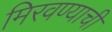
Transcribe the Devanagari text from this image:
मिरवण्याची